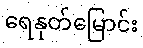
ရေနုတ်မြောင်း